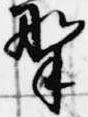
野